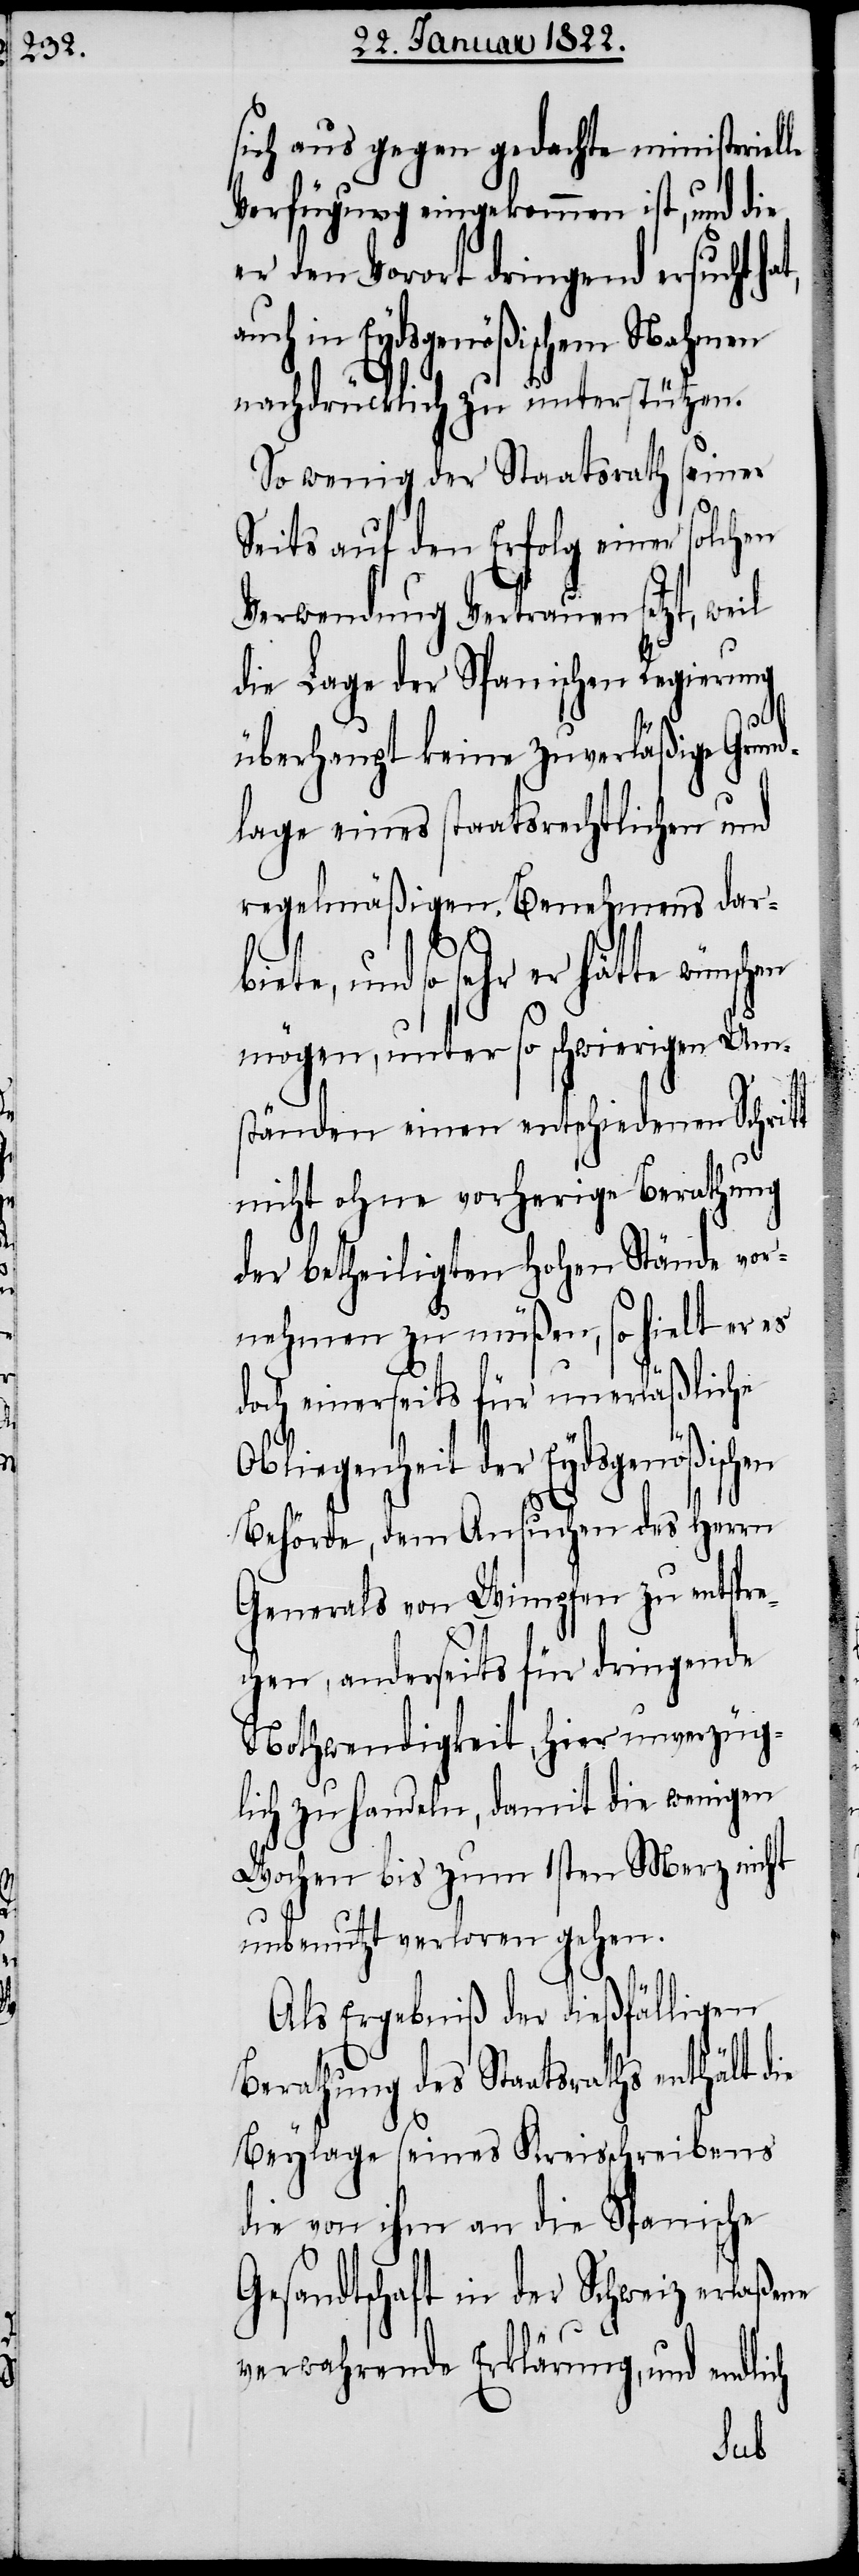
sich aus gegen gedachte ministeriel¬
Verfügung eingekommen ist, und die
er den Vorort dringend ersucht ha¬
auch in Eydsgenößischem Nahmen
nachdrücklich zu unterstützen.
So wenig der Staatsrath seiner
Seits auf den Erfolg einer solchen
Verwendung Vertrauen setzt, we¬
die Lage der Spanischen Regierung
t,
überhaupt keine zuverläßige Grund¬
lage eines staatsrechtlichen und
regelmäßigen Benehmens dar¬
biete, und so sehr er hätte
mögen, unter so schwierigen Um¬
ständen einen entschiedenen Schritt
nicht ohne vorherige Berathung
der betheiligten hohen Stände vor¬
nehmen zu müßen, so hielt er es
doch einerseits für unerläßliche
Obliegenheit der Eydsgenößischen
Behörde, dem Ansuchen des Herrn
Generals von Wimpfen zu entspre¬
chen, anderseits für dringende
Nothwendigkeit, hier unverzüg¬
lich zu handeln, damit die wenigen
Wochen bis zum 1sten Merz nicht
unbenutzt verloren gehen.
Als Ergebniß der dießfälligen
Berathung des Staatsrathes enthält die
Beylage seines Kreisschreibens
die von ihm an die Spanische
Gesandtschaft in der Schweiz erlaßene
verwahrende Erklärung, und endl¬
ich